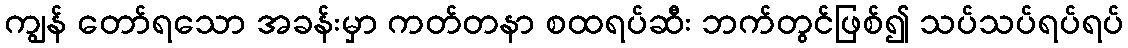
ကျွန် တော်ရသော အခန်းမှာ ကတ်တနာ စထရပ်ဆီး ဘက်တွင်ဖြစ်၍ သပ်သပ်ရပ်ရပ်